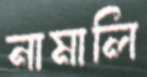
নামালি